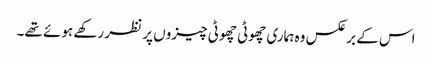
اس کے برعکس وہ ہماری چھوٹی چھوٹی چیزوں پر نظر رکھے ہوئے تھے۔